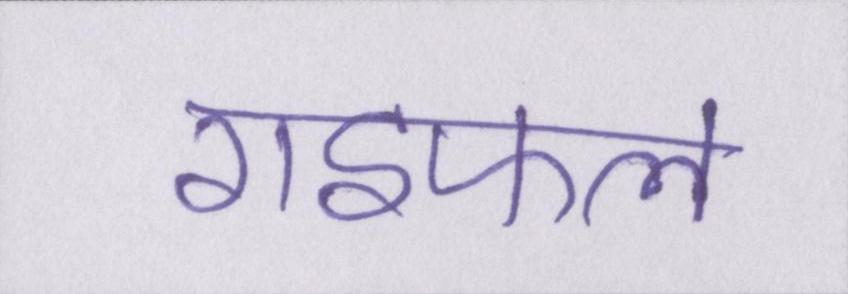
राइफल